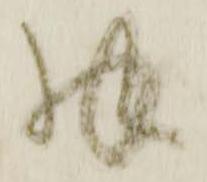
拝